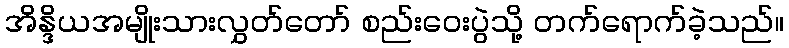
အိန္ဒိယအမျိုးသားလွှတ်တော် စည်းဝေးပွဲသို့ တက်ရောက်ခဲ့သည်။